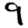
Digit: 9